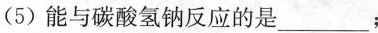
(5)能与碳酸氢钠反应的是___；